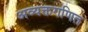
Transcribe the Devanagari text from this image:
अव्यक्तगणित